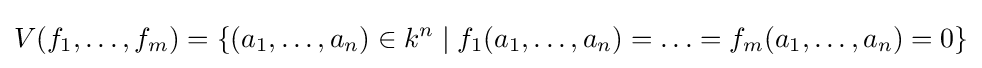
V(f_{1},\ldots ,f_{m})=\left\{(a_{1},\ldots ,a_{n})\in k^{n}\;|\;f_{1}(a_{1},\ldots ,a_{n})=\ldots =f_{m}(a_{1},\ldots ,a_{n})=0\right\}